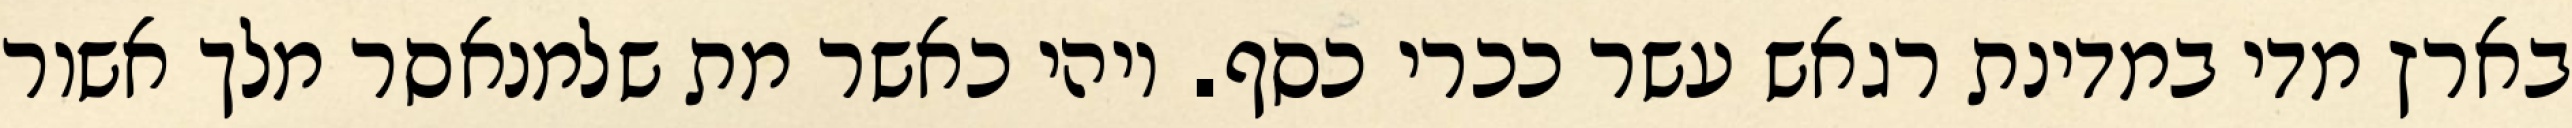
בארץ מדי במדינת רגאש עשר ככרי כסף. ויהי כאשר מת שלמנאסר מלך אשור